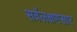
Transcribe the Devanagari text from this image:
सर्वलक्षणसार